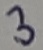
Text: 3